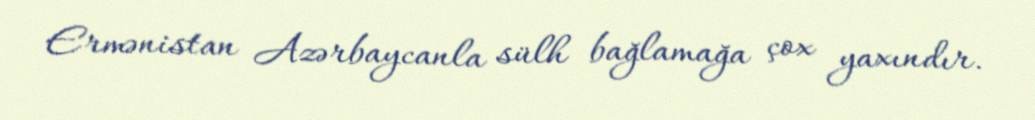
Ermənistan Azərbaycanla sülh bağlamağa çox yaxındır.